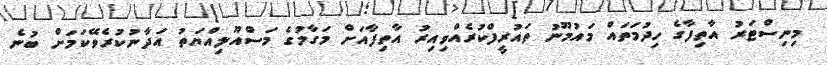
މިނިސްޓަރު އާތިފާގެ ހިދުމަތައް މައުމޫނު ތައުރީފްކުރެއްވިއިރު އާތިފާއަށް މަގާމުގެ މަސްއޫލިއްޔަތު އަދާނުކުރެވޭކަމަށް ބުނެ